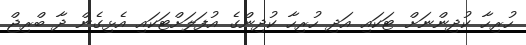
ހުރިހާ ކުދިންނަށް ޓަކައި އަދި ހުރިހާ ކުދިންގެ އުފަލަށްޓަކައި އެޅިގެން ދާ ބްރިޖް